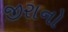
જીરાનો